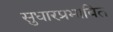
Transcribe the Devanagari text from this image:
सुधारप्रभावित